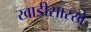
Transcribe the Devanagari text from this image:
खाडीसारखे